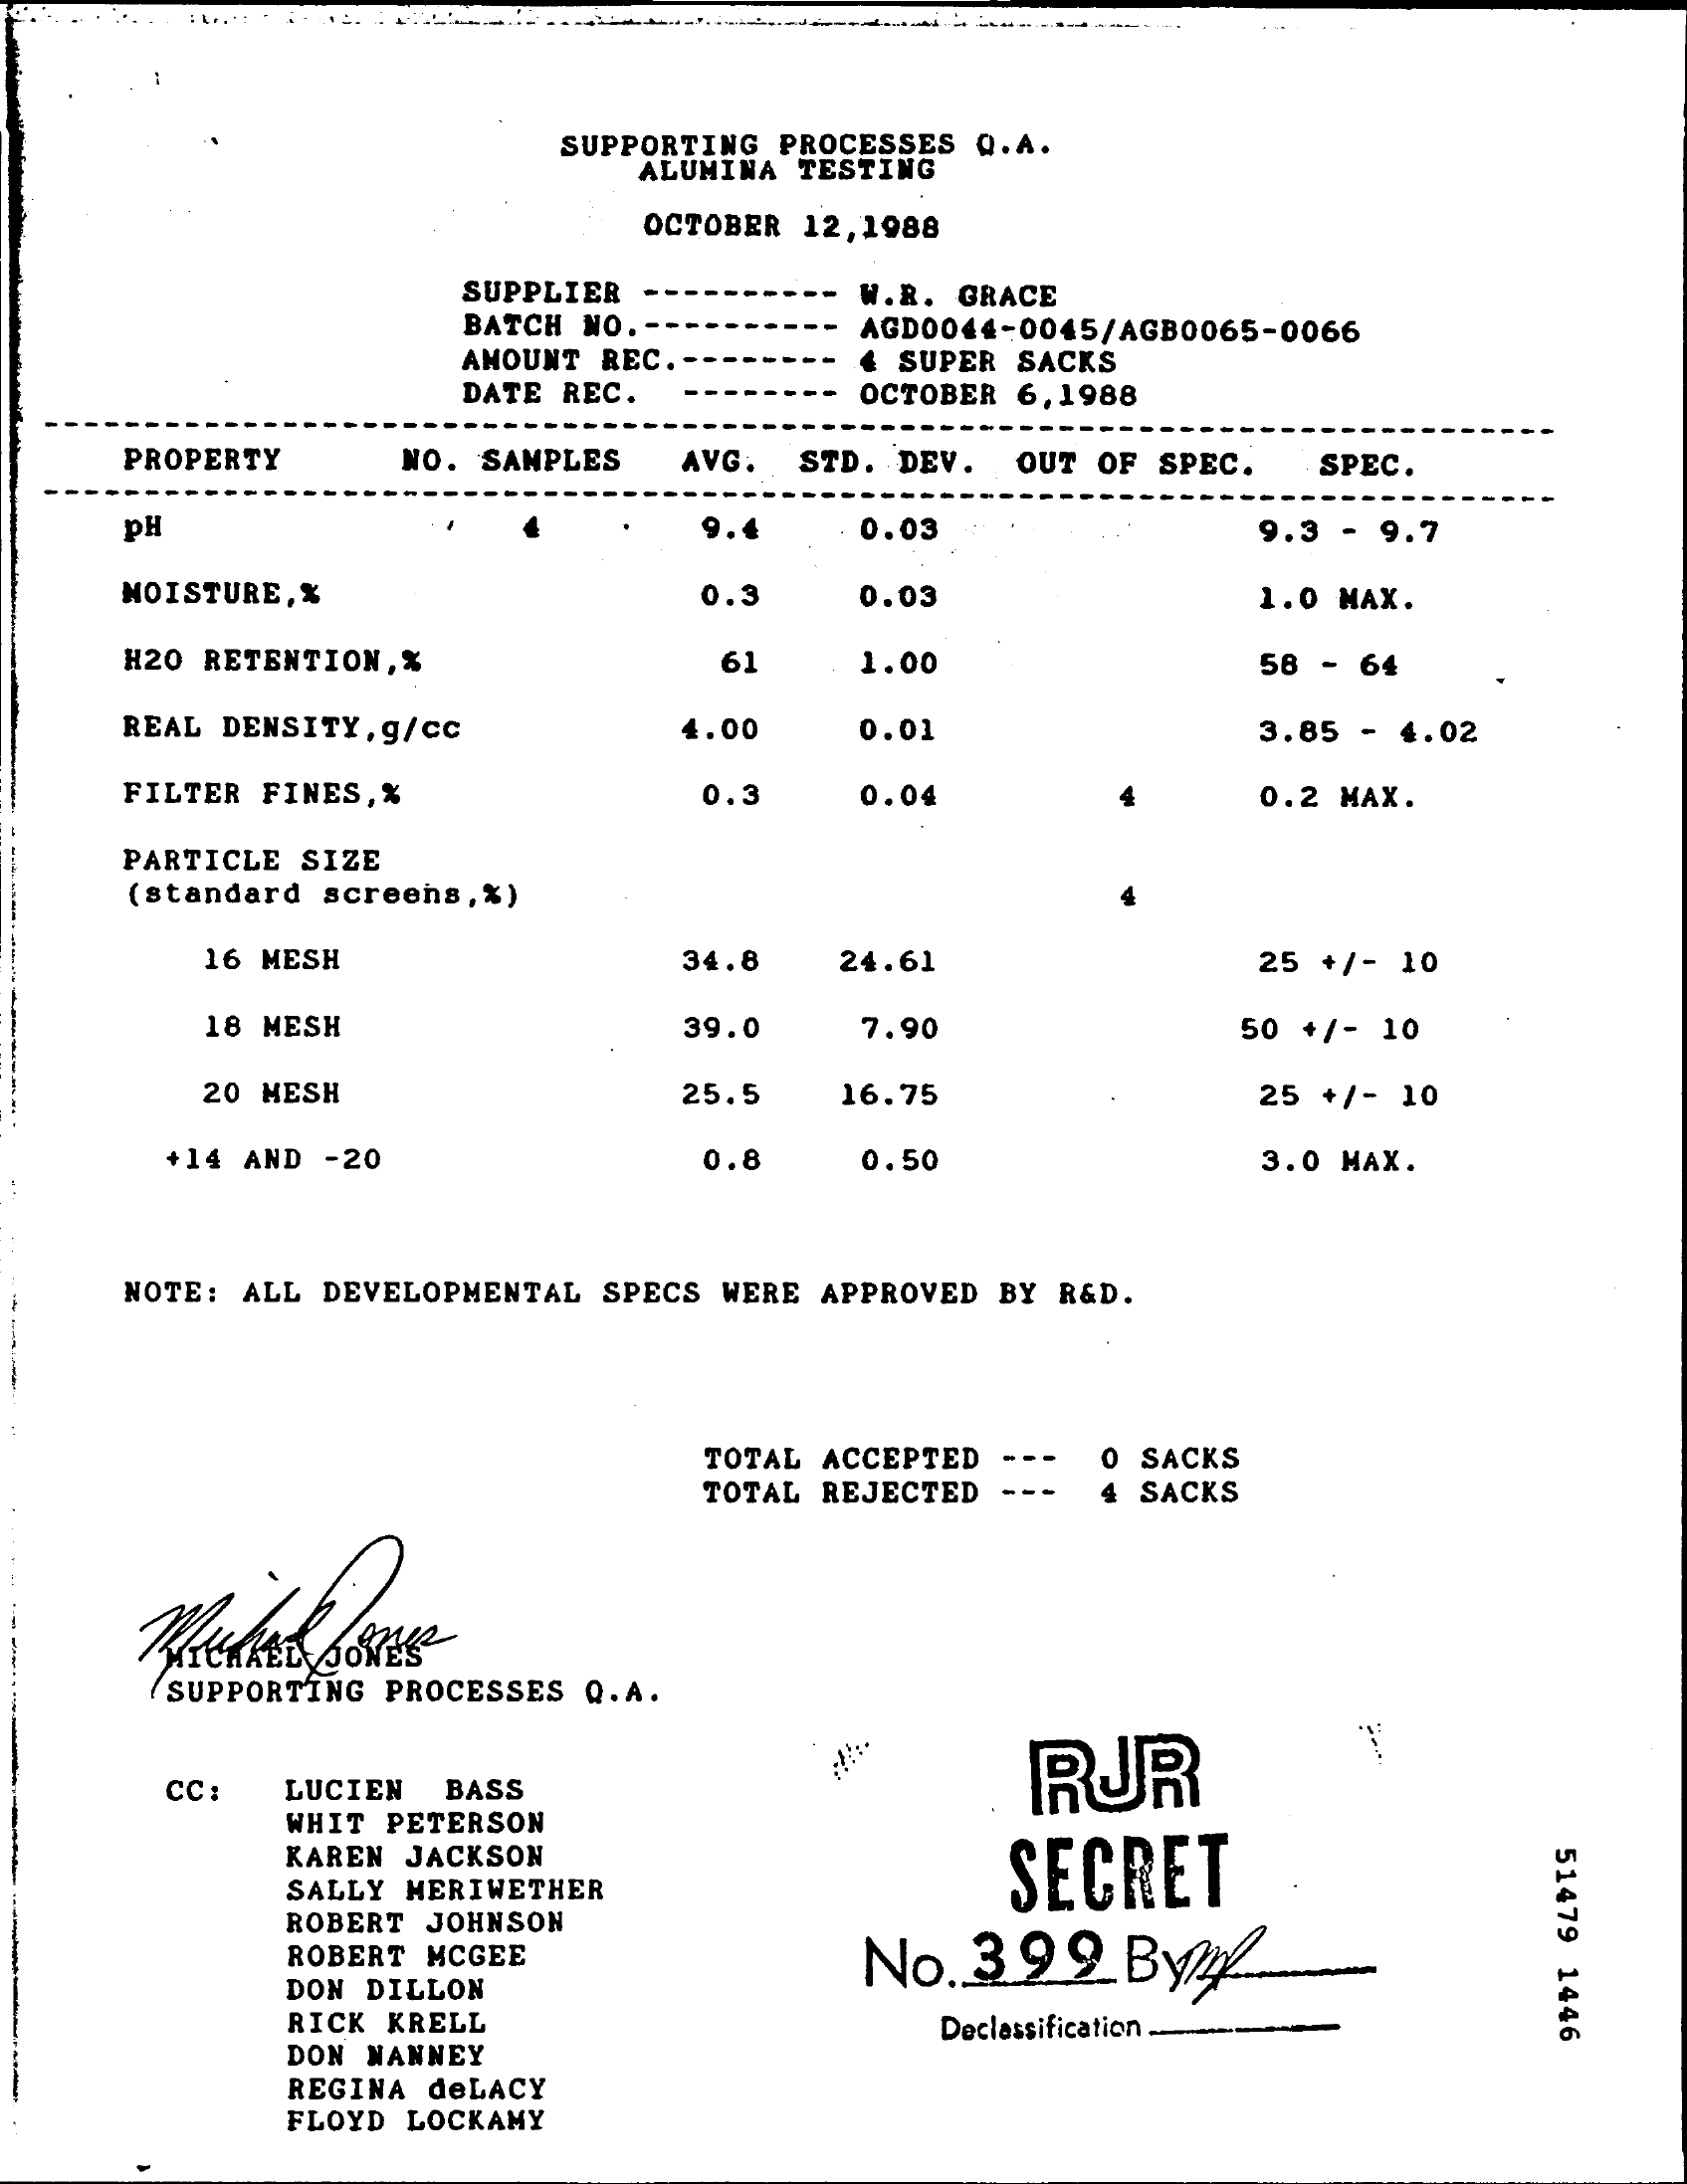
SUPPORTING PROCESSES Q.A.
     ALUMINA TESTING
     OCTOBER 12,1988
     SUPPLIER
     BATCH NO.
     W.R. GRACE
     AMOUNT REC.
     AGD0044-0045/AGB0065-0066
     4 SUPER SACKS
     DATE REC.    OCTOBER 6,1988
     PROPERTY  NO. SAMPLES AVG. STD. DEV. OUT OF SPEC. SPEC.
     PH    0.03    9.3 - 9.7
     MOISTURE, X    0.3  0.03    1.0 MAX.
     H20 RETENTION, X    61  1.00    58 - 64
     REAL DENSITY, g/cc 4.00  0.01    3.85 - 4.02
     FILTER FINES, X    0.3  0.04    0.2 MAX.
     PARTICLE SIZE
     (standard screens, %)
     16 MESH    34.8  24.61    25 +/- 10
     18 MESH    39.0  7.90    50 +/- 10
     20 MESH    25.5  16.75    25 +/- 10
     +14 AND -20    0.8  0.50    3.0 MAX.
     NOTE: ALL DEVELOPMENTAL SPECS WERE APPROVED BY R&D.
     TOTAL ACCEPTED
     TOTAL REJECTED
     0 SACKS
     SACKS
     SUPPORTING PROCESSES Q.A.
     RUR
     CC: LUCIEN BASS
     WHIT PETERSON
     KAREN JACKSON
     SECRET    51479
     1446
     SALLY MERIWETHER
     ROBERT JOHNSON
     ROBERT MCGEE    No. 399  Byl
     DON DILLON
     RICK KRELL
     DON MANNEY
     Declassification.
     REGINA deLACY
     FLOYD LOCKAMY